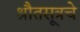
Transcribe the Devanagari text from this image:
श्रौतसूत्रचे